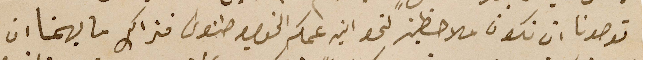
توصونا أن نكون ملاحظين لنحو ابن عمكم الخواجه طنوسَ فذالك ما يهمنا ان